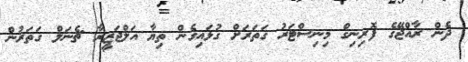
ދެން ރާއްޖޭގެ ފޮރިނިގް މިނިސްޓަރު ގަތަރަށް ގުޅައިގެން ތިޔާ އަލްޖަޒީރާ ޗެނަލް ގަތަރުން